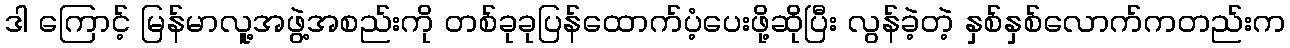
ဒါ ကြောင့် မြန်မာလူ့အဖွဲ့အစည်းကို တစ်ခုခုပြန်ထောက်ပံ့ပေးဖို့ဆိုပြီး လွန်ခဲ့တဲ့ နှစ်နှစ်လောက်ကတည်းက